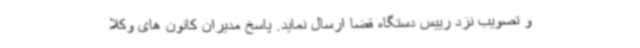
و تصویب نزد رییس دستگاه قضا ارسال نماید. پاسخ مدیران کانون های وکلا